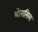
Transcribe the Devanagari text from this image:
थोरासिस